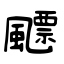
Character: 飃